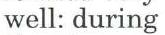
well: during